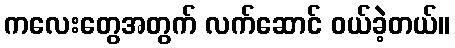
ကလေးတွေအတွက် လက်ဆောင် ဝယ်ခဲ့တယ်။